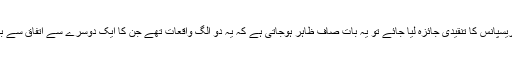
لیکن اگر اس “نی جرک ” ریسپانس کا تنقیدی جائزہ لیا جائے تو یہ بات صاف ظاہر ہوجاتی ہے کہ یہ دو الگ واقعات تھے جن کا ایک دوسرے سے اتفاق سے بڑھ کر کوئی تعلق نہیں تھا۔